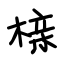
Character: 榇